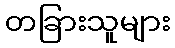
တခြားသူများ